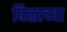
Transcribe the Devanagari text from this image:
बिळाच्या